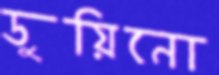
ডুয়িনো